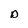
Character: D